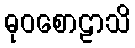
ဓုဝစောဠာသိ